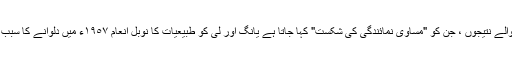
" ان ہلا دینے والے نتیجوں ، جن کو "مساوی نمائندگی کی شکست" کہا جاتا ہے یانگ اور لی کو طبیعیات کا نوبل انعام ١٩٥٧ء میں دلوانے کا سبب بنا حاصل کیا۔